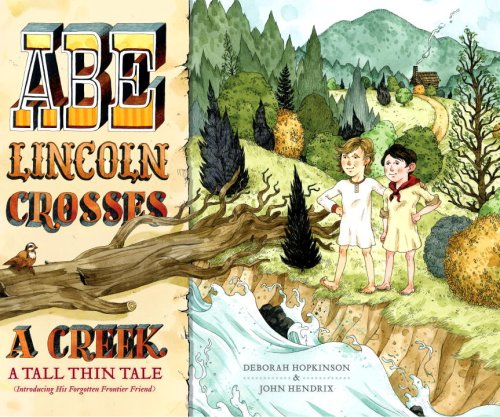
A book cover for Abe Lincoln Crosses a Creek: A Tall, Thin Tale (Introducing His Forgotten Frontier Friend); Deborah Hopkinson; Children's Books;